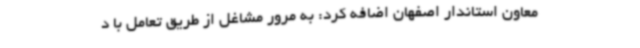
معاون استاندار اصفهان اضافه کرد: به مرور مشاغل از طریق تعامل با د